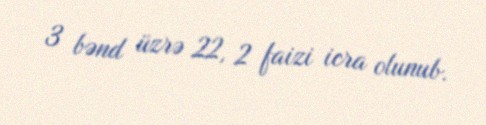
3 bənd üzrə 22, 2 faizi icra olunub.